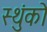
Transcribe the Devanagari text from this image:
स्थुंको